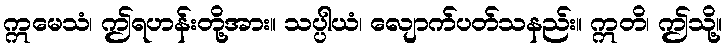
ဣမေသံ၊ ဤရဟန်းတို့အား။ သပ္ပါယံ၊ လျောက်ပတ်သနည်း။ ဣတိ၊ ဤသို့။